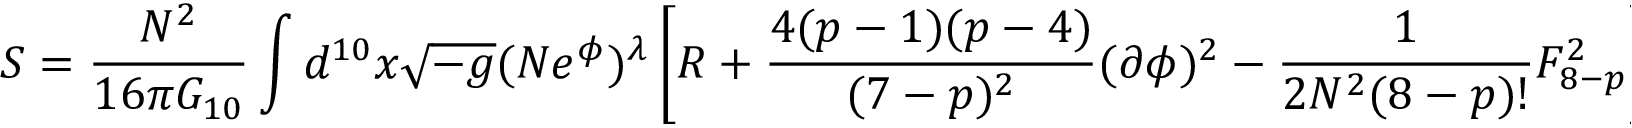
S = \frac { N ^ { 2 } } { 1 6 \pi G _ { 1 0 } } \int d ^ { 1 0 } x \sqrt { - g } ( N e ^ { \phi } ) ^ { \lambda } \left[ R + \frac { 4 ( p - 1 ) ( p - 4 ) } { ( 7 - p ) ^ { 2 } } ( \partial \phi ) ^ { 2 } - \frac { 1 } { 2 N ^ { 2 } ( 8 - p ) ! } F _ { 8 - p } ^ { 2 } \right] ,